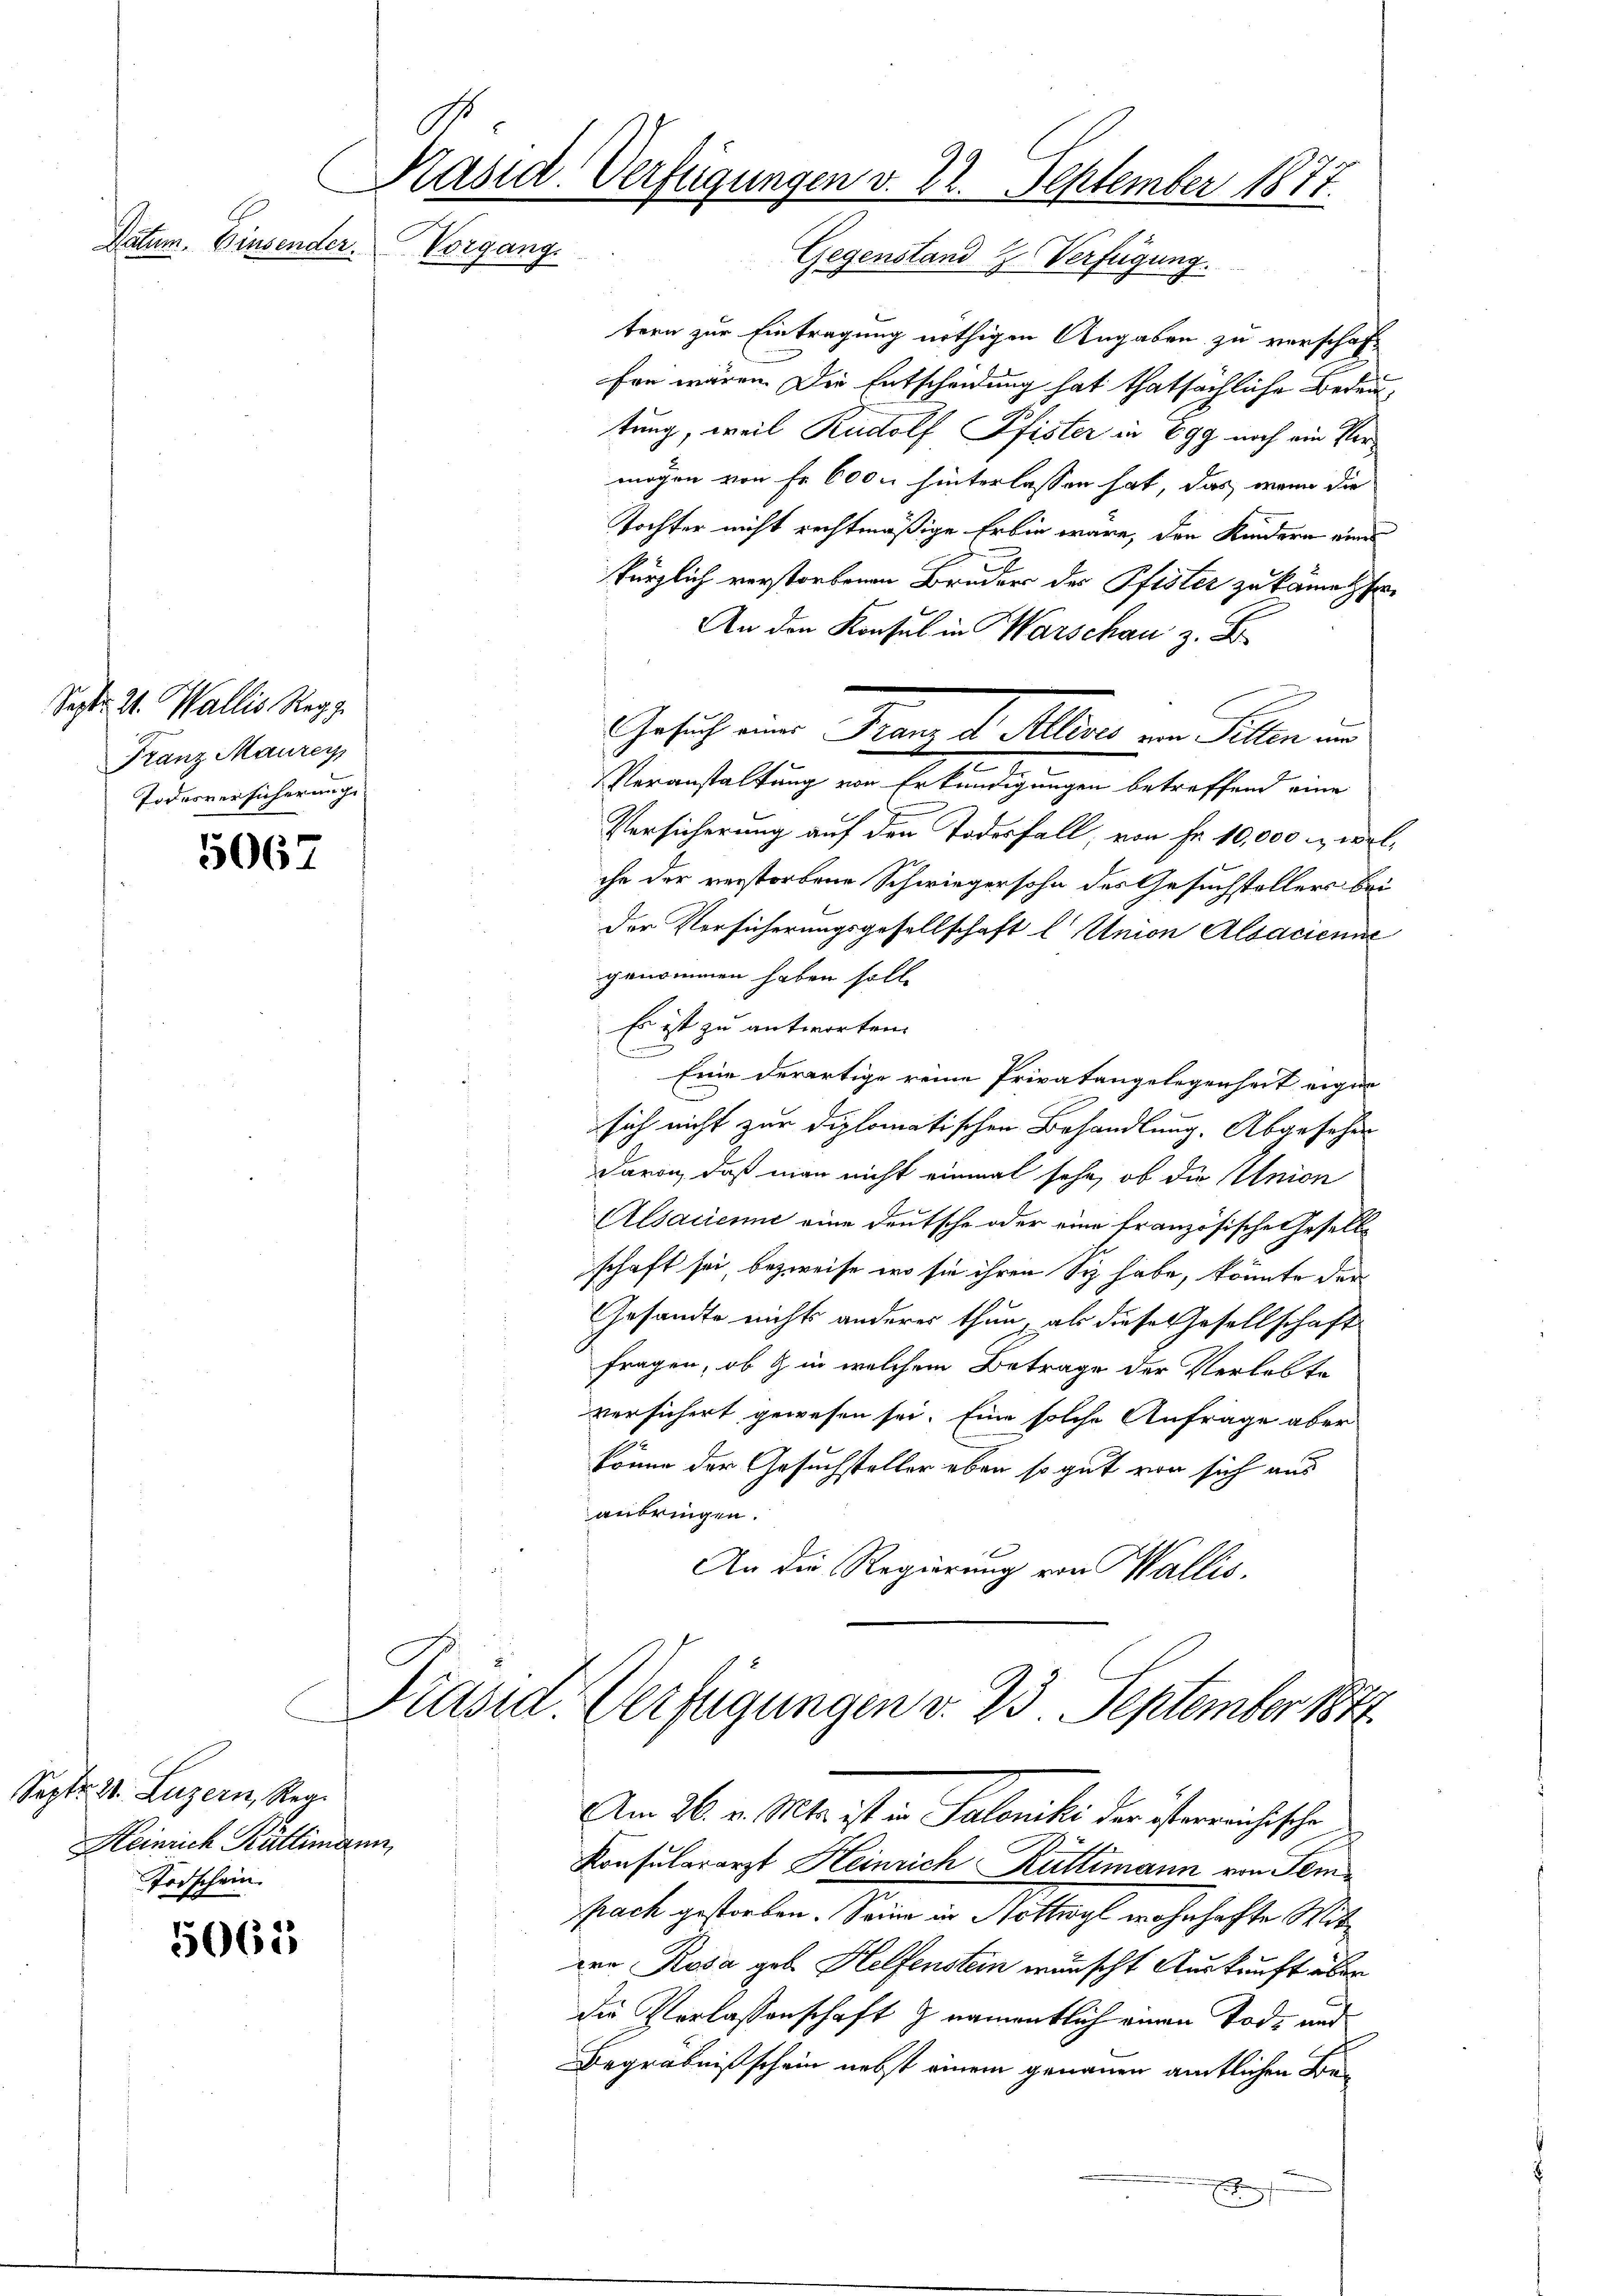
Sept. W. Wallis Reg.
Franz Maurey
Todesversicherung.

5067

Sept. 21. Luzern, Reg.
Heinrich Kallimann,
Todschein.

Datum. Einsender.

5065

C
Käsid. Verfügungen v. 22. September 1877.
Vorgang.
Gegenstand H. Verfügung.

Gesch ein Beamte Mein ein Schrei

Präsid. Verfügungen v. 23. September 1872
Am 26. v. Mts. ist in Saloniki der ist errichtische

tern zur Eintragung nöthigen Angaben zu verschaft
fen wären Die Entscheidung hat thatsächliche Bedeutung, weil Rudolf Pfister in Egg noch ein Vermögen von fr. 6000 hinterlassen hat, das wenn die
Tochter nicht rechtmäßige Erbin wäre, den Kindern eines
kürzlich verstorbenen Bruders des Pfister zu käme Er¬
An den Konsul in Warschau z. B.
.
Veranstaltung von Erkundigungen betreffend eine
Versicherung auf den Todesfall, von Fr. 10,000 M, welche der verstorbene Schwiegersohn des Gesuchstellers bei
der Vorsicherungsgesellschaft l Union Alsacienne
genommen haben soll.
Es ist zu antworten.
Eine derartige reine Privatangelegenheit eigen
s
sich nicht zur diplomatischen Behandlung. Abgesehen
davon, daß man nicht einmal sehe, ob die Union
Alsacienne eine Deutsche oder eine französische Gesells
schaft sei, bezweife wo sie ihren Siz habe, könnte der
Gesandte nichts anderer thun, als diese Gesellschaft
fragen, ob & in welchem Betrage der Verhalte
versichert gewesen sei. Eine solche Anfrage aber
1
könne der Gesuchsteller eben so gut von sich aus
anbringen.
An die Regierung von Wallis,

Konsulararzt Heinrich-Rüttimann von Temprach gestorben. Seine in Hottwyl wohnhafte Mitt
ere Rosa geb. Helfenstein menscht Auskunft über
die Verlassenschaft & namentlich einen Tode und
Begräbnißschein nebst einem genauen amtlichen Be¬
E